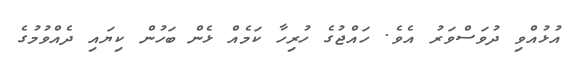
އުޅުއްވި ދުވަސްވަރު އެވެ. ހައްޖުގެ ހުރިހާ ކަމެއް ޅެން ބަހުން ކިޔައި ދެއްވުމުގެ